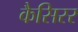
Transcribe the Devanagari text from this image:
कैसिरर